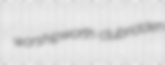
worshipworth clubridden